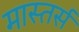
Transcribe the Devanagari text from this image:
मास्तर्स